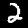
Label: 2